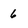
Character: 6